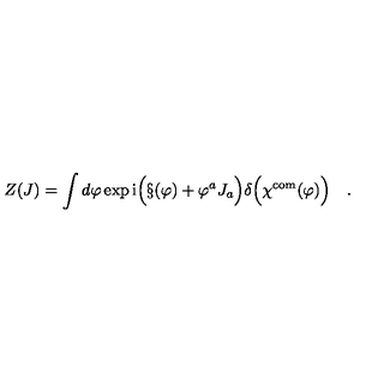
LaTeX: Z ( J ) = \int d \varphi \exp \mathrm { i } \Bigl ( \S ( \varphi ) + \varphi ^ { a } J _ { a } \Bigr ) \delta \Bigl ( \chi ^ { \mathrm { \scriptsize c o m } } ( \varphi ) \Bigr ) \quad .